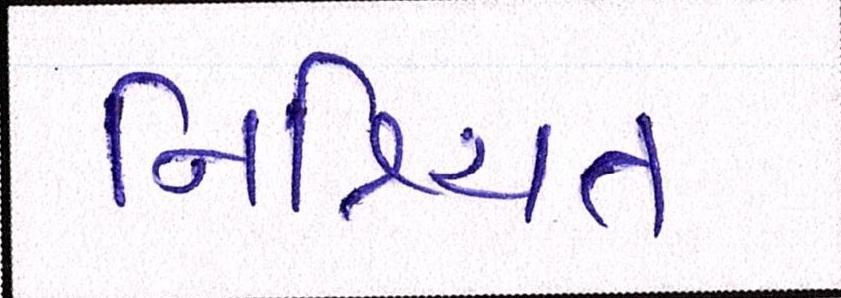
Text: નિશ્ચિત